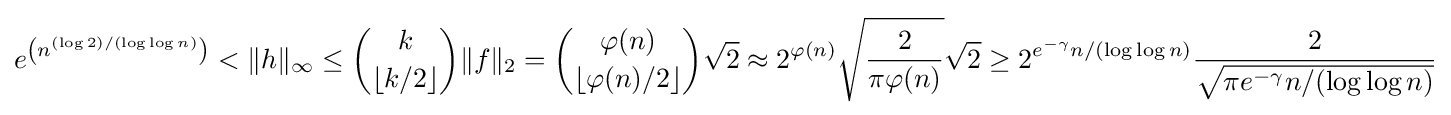
e^{\left(n^{(\log 2)/(\log \log n)}\right)}<\|h\|_{\infty }\leq {\binom {k}{\lfloor k/2\rfloor }}\|f\|_{2}={\binom {\varphi (n)}{\lfloor \varphi (n)/2\rfloor }}{\sqrt {2}}\approx 2^{\varphi (n)}{\sqrt {\frac {2}{\pi \varphi (n)}}}{\sqrt {2}}\geq 2^{e^{-\gamma }n/(\log \log n)}{\frac {2}{\sqrt {\pi e^{-\gamma }n/(\log \log n)}}}